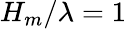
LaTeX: H_{m}/\lambda=1